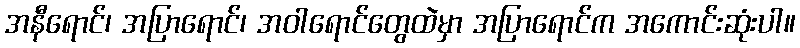
အနီရောင်၊ အပြာရောင်၊ အဝါရောင်တွေထဲမှာ အပြာရောင်က အကောင်းဆုံးပါ။